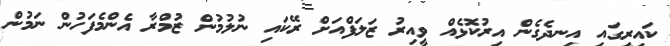
ކައިރީގައި އިނދެގެން އިރުކޮޅެއް ވީއިރު ޒަލަފްއަށް ރޭކައި ނުލުމުން ޒުމްރާ އެންމެފަހުން ނަމުން